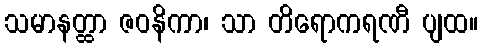
သမာနတ္ထာ ဇဝနိကာ၊ သာ တိရောကရဏီ ပျထ။